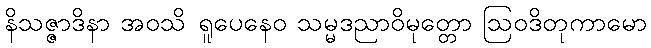
နိသဇ္ဇာဒိနာ အဝသိ ရူပေနေဝ သမ္မဒညာဝိမုတ္တော ဩဝဒိတုကာမော